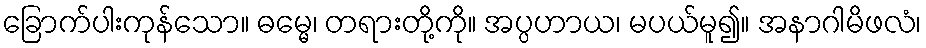
ခြောက်ပါးကုန်သော။ ဓမ္မေ၊ တရားတို့ကို။ အပ္ပဟာယ၊ မပယ်မူ၍။ အနာဂါမိဖလံ၊